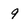
Character: 9